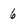
Character: 6